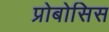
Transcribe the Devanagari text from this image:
प्रोबोसिस